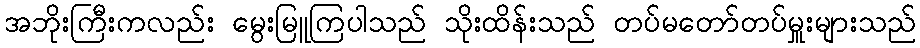
အဘိုးကြီးကလည်း မွေးမြူကြပါသည် သိုးထိန်းသည် တပ်မတော်တပ်မှူးများသည်